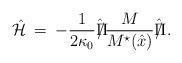
LaTeX: \begin{align*}\hat {\cal H} \> = \>- \frac{1}{2 \kappa_0} \hat {\Pi \hspace{-8pt}/} \frac{M}{M^{\star}(\hat x) } \hat {\Pi \hspace{-8pt}/} \> .\end{align*}